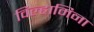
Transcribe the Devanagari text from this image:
विल्हामिना